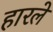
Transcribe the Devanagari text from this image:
हारले